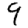
Digit: 9